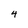
Character: 4